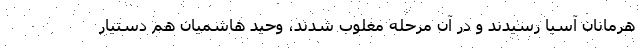
هرمانان آسیا رسیدند و در آن مرحله مغلوب شدند، وحید هاشمیان هم دستیار